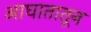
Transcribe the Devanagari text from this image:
आघातातून